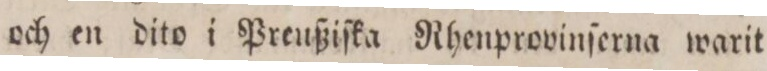
och en dito i Preußiſka Rhenprovinſerna warit